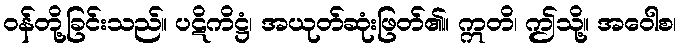
ဝန်တို့ခြင်းသည်။ ပဋိကိဋ္ဌံ၊ အယုတ်ဆုံးဖြတ်၏။ ဣတိ၊ ဤသို့။ အဝေါစ၊